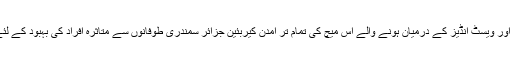
آئی سی سی ورلڈ الیون اور ویسٹ انڈیز کے درمیان ہونے والے اس میچ کی تمام تر آمدن کیربئین جزائر سمندری طوفانوں سے متاثرہ افراد کی بہبود کے لئے خرچ کی جائے گی۔